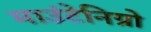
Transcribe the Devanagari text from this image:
माउंटेनिग्रो